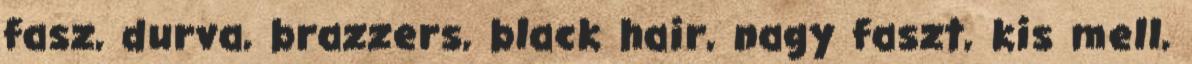
fasz, durva, brazzers, black hair, nagy faszt, kis mell,